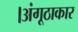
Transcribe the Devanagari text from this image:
।अंगूठाकार